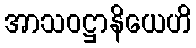
အာသဝဋ္ဌာနိယေဟိ